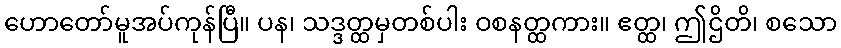
ဟောတော်မူအပ်ကုန်ပြီ။ ပန၊ သဒ္ဒတ္ထမှတစ်ပါး ဝစနတ္ထကား။ ဧတ္ထ၊ ဤဌိတိ၊ စသော